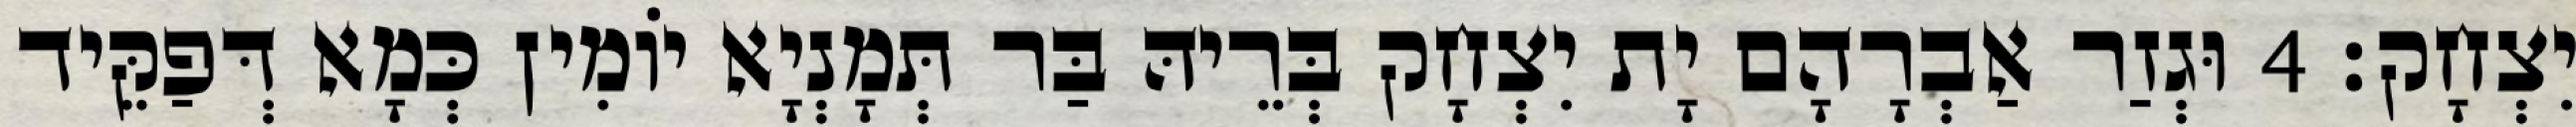
יִצְחָק׃ 4 וּגְזַר אַבְרָהָם יָת יִצְחָק בְּרֵיהּ בַּר תְּמָנְיָא יוֹמִין כְּמָא דְּפַקֵּיד